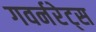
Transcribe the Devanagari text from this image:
गवर्नरेट्स